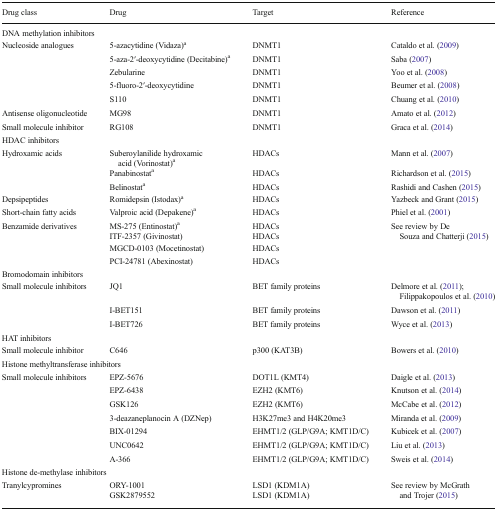
<table><thead><tr><td><b>Drug class</b></td><td><b>Drug</b></td><td><b>Target</b></td><td><b>Reference</b></td></tr></thead><tbody><tr><td colspan="4">DNA methylation inhibitors</td></tr><tr><td rowspan="5">Nucleoside analogues</td><td>5-azacytidine (Vidaza)<sup>a</sup></td><td>DNMT1</td><td>Cataldo et al. (2009)</td></tr><tr><td>5-aza-2′-deoxycytidine (Decitabine)<sup>a</sup></td><td>DNMT1</td><td>Saba (2007)</td></tr><tr><td>Zebularine</td><td>DNMT1</td><td>Yoo et al. (2008)</td></tr><tr><td>5-fluoro-2′-deoxycytidine</td><td>DNMT1</td><td>Beumer et al. (2008)</td></tr><tr><td>S110</td><td>DNMT1</td><td>Chuang et al. (2010)</td></tr><tr><td>Antisense oligonucleotide</td><td>MG98</td><td>DNMT1</td><td>Amato et al. (2012)</td></tr><tr><td>Small molecule inhibitor</td><td>RG108</td><td>DNMT1</td><td>Graca et al. (2014)</td></tr><tr><td colspan="4">HDAC inhibitors</td></tr><tr><td rowspan="3">Hydroxamic acids</td><td>Suberoylanilide hydroxamic acid (Vorinostat)<sup>a</sup></td><td>HDACs</td><td>Mann et al. (2007)</td></tr><tr><td>Panabinostat<sup>a</sup></td><td>HDACs</td><td>Richardson et al. (2015)</td></tr><tr><td>Belinostat<sup>a</sup></td><td>HDACs</td><td>Rashidi and Cashen (2015)</td></tr><tr><td>Depsipeptides</td><td>Romidepsin (Istodax)<sup>a</sup></td><td>HDACs</td><td>Yazbeck and Grant (2015)</td></tr><tr><td>Short-chain fatty acids</td><td>Valproic acid (Depakene)<sup>a</sup></td><td>HDACs</td><td>Phiel et al. (2001)</td></tr><tr><td rowspan="4">Benzamide derivatives</td><td>MS-275 (Entinostat)<sup>a</sup></td><td>HDACs</td><td rowspan="4">See review by De Souza and Chatterji (2015)</td></tr><tr><td>ITF-2357 (Givinostat)</td><td>HDACs</td></tr><tr><td>MGCD-0103 (Mocetinostat)</td><td>HDACs</td></tr><tr><td>PCI-24781 (Abexinostat)</td><td>HDACs</td></tr><tr><td colspan="4">Bromodomain inhibitors</td></tr><tr><td rowspan="3">Small molecule inhibitors</td><td>JQ1</td><td>BET family proteins</td><td>Delmore et al. (2011); Filippakopoulos et al. (2010)</td></tr><tr><td>I-BET151</td><td>BET family proteins</td><td>Dawson et al. (2011)</td></tr><tr><td>I-BET726</td><td>BET family proteins</td><td>Wyce et al. (2013)</td></tr><tr><td colspan="4">HAT inhibitors</td></tr><tr><td>Small molecule inhibitor</td><td>C646</td><td>p300 (KAT3B)</td><td>Bowers et al. (2010)</td></tr><tr><td colspan="4">Histone methyltransferase inhibitors</td></tr><tr><td rowspan="7">Small molecule inhibitors</td><td>EPZ-5676</td><td>DOT1L (KMT4)</td><td>Daigle et al. (2013)</td></tr><tr><td>EPZ-6438</td><td>EZH2 (KMT6)</td><td>Knutson et al. (2014)</td></tr><tr><td>GSK126</td><td>EZH2 (KMT6)</td><td>McCabe et al. (2012)</td></tr><tr><td>3-deazaneplanocin A (DZNep)</td><td>H3K27me3 and H4K20me3</td><td>Miranda et al. (2009)</td></tr><tr><td>BIX-01294</td><td>EHMT1/2 (GLP/G9A; KMT1D/C)</td><td>Kubicek et al. (2007)</td></tr><tr><td>UNC0642</td><td>EHMT1/2 (GLP/G9A; KMT1D/C)</td><td>Liu et al. (2013)</td></tr><tr><td>A-366</td><td>EHMT1/2 (GLP/G9A; KMT1D/C)</td><td>Sweis et al. (2014)</td></tr><tr><td colspan="4">Histone de-methylase inhibitors</td></tr><tr><td rowspan="2">Tranylcypromines</td><td>ORY-1001</td><td>LSD1 (KDM1A)</td><td rowspan="2">See review by McGrath and Trojer (2015)</td></tr><tr><td>GSK2879552</td><td>LSD1 (KDM1A)</td></tr></tbody></table>